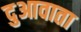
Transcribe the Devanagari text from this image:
दुआवाता